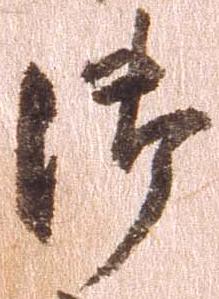
御